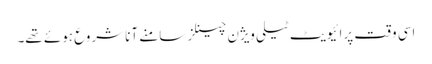
اسی وقت پرائیویٹ ٹیلی ویژن چینلز سامنے آنا شروع ہوئے تھے۔